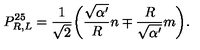
P _ { R , L } ^ { 2 5 } = \frac { 1 } { \sqrt { 2 } } \bigg ( \frac { \sqrt { \alpha ^ { \prime } } } { R } n \mp \frac { R } { \sqrt { \alpha ^ { \prime } } } m \bigg ) .